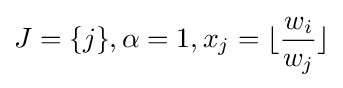
J=\{j\},\alpha =1,x_{j}=\lfloor {\frac {w_{i}}{w_{j}}}\rfloor